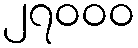
၂၇၀၀၀